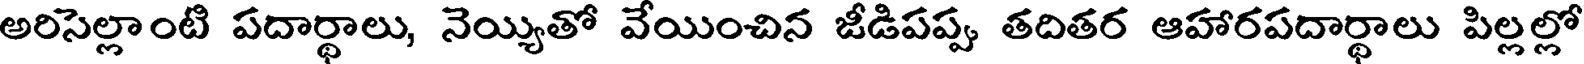
అరిసెల్లాంటి పదార్థాలు, నెయ్యితో వేయించిన జీడిపప్పు తదితర ఆహారపదార్థాలు పిల్లల్లో